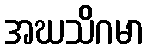
အဃသိဂမာ